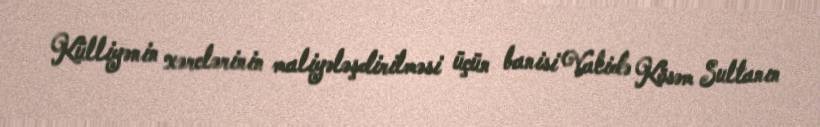
Külliyənin xərclərinin maliyələşdirilməsi üçün banisi Validə Kösəm Sultanın